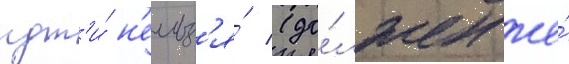
идт'и́ н'ельз'я́ (до́лжен же́